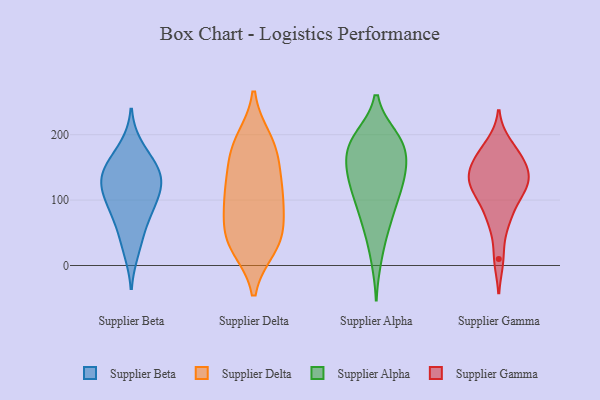
{"axis": {"x": "Gross Profit (USD K)", "y": "Value"}, "legend": ["Supplier Alpha", "Supplier Beta", "Supplier Delta", "Supplier Gamma"], "data": [{"x": "", "y": 151, "type": "Supplier Beta"}, {"x": "", "y": 138, "type": "Supplier Beta"}, {"x": "", "y": 156, "type": "Supplier Beta"}, {"x": "", "y": 100, "type": "Supplier Beta"}, {"x": "", "y": 90, "type": "Supplier Beta"}, {"x": "", "y": 120, "type": "Supplier Beta"}, {"x": "", "y": 182, "type": "Supplier Beta"}, {"x": "", "y": 52, "type": "Supplier Beta"}, {"x": "", "y": 78, "type": "Supplier Beta"}, {"x": "", "y": 135, "type": "Supplier Beta"}, {"x": "", "y": 22, "type": "Supplier Beta"}, {"x": "", "y": 121, "type": "Supplier Beta"}, {"x": "", "y": 115, "type": "Supplier Delta"}, {"x": "", "y": 28, "type": "Supplier Delta"}, {"x": "", "y": 28, "type": "Supplier Delta"}, {"x": "", "y": 184, "type": "Supplier Delta"}, {"x": "", "y": 155, "type": "Supplier Delta"}, {"x": "", "y": 91, "type": "Supplier Delta"}, {"x": "", "y": 192, "type": "Supplier Delta"}, {"x": "", "y": 181, "type": "Supplier Delta"}, {"x": "", "y": 138, "type": "Supplier Delta"}, {"x": "", "y": 100, "type": "Supplier Delta"}, {"x": "", "y": 55, "type": "Supplier Delta"}, {"x": "", "y": 47, "type": "Supplier Delta"}, {"x": "", "y": 103, "type": "Supplier Delta"}, {"x": "", "y": 40, "type": "Supplier Delta"}, {"x": "", "y": 164, "type": "Supplier Alpha"}, {"x": "", "y": 124, "type": "Supplier Alpha"}, {"x": "", "y": 133, "type": "Supplier Alpha"}, {"x": "", "y": 61, "type": "Supplier Alpha"}, {"x": "", "y": 155, "type": "Supplier Alpha"}, {"x": "", "y": 57, "type": "Supplier Alpha"}, {"x": "", "y": 86, "type": "Supplier Alpha"}, {"x": "", "y": 138, "type": "Supplier Alpha"}, {"x": "", "y": 176, "type": "Supplier Alpha"}, {"x": "", "y": 131, "type": "Supplier Alpha"}, {"x": "", "y": 11, "type": "Supplier Alpha"}, {"x": "", "y": 196, "type": "Supplier Alpha"}, {"x": "", "y": 195, "type": "Supplier Alpha"}, {"x": "", "y": 196, "type": "Supplier Alpha"}, {"x": "", "y": 176, "type": "Supplier Alpha"}, {"x": "", "y": 95, "type": "Supplier Alpha"}, {"x": "", "y": 187, "type": "Supplier Alpha"}, {"x": "", "y": 112, "type": "Supplier Alpha"}, {"x": "", "y": 166, "type": "Supplier Gamma"}, {"x": "", "y": 144, "type": "Supplier Gamma"}, {"x": "", "y": 68, "type": "Supplier Gamma"}, {"x": "", "y": 152, "type": "Supplier Gamma"}, {"x": "", "y": 127, "type": "Supplier Gamma"}, {"x": "", "y": 116, "type": "Supplier Gamma"}, {"x": "", "y": 75, "type": "Supplier Gamma"}, {"x": "", "y": 10, "type": "Supplier Gamma"}, {"x": "", "y": 108, "type": "Supplier Gamma"}, {"x": "", "y": 168, "type": "Supplier Gamma"}, {"x": "", "y": 125, "type": "Supplier Gamma"}, {"x": "", "y": 185, "type": "Supplier Gamma"}, {"x": "", "y": 130, "type": "Supplier Gamma"}]}